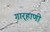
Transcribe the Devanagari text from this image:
गार्‍हाणी